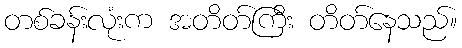
တစ်ခန်းလုံးက အတိတ်ကြီး တိတ်နေသည်။